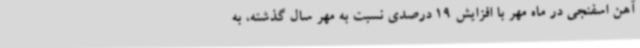
آهن اسفنجی در ماه مهر با افزایش 19 درصدی نسبت به مهر سال گذشته، به